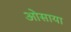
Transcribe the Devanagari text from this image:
ओसाया